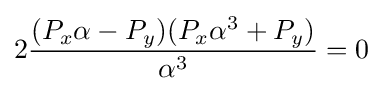
2{\frac {(P_{x}\alpha -P_{y})(P_{x}\alpha ^{3}+P_{y})}{\alpha ^{3}}}=0